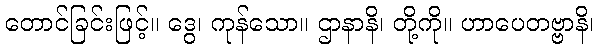
တောင်ခြင်းဖြင့်။ ဒွေ၊ ကုန်သော။ ဌာနာနိ၊ တို့ကို။ ဟာပေတဗ္ဗာနိ၊